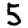
Digit: 5